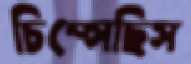
চিম্‌সেছিস